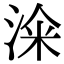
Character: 𣷦